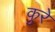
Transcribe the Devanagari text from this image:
कुरे